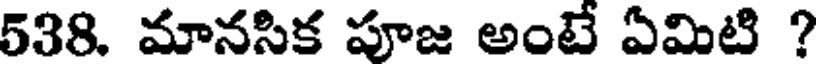
538. మానసిక పూజ అంటే ఏమిటి ?